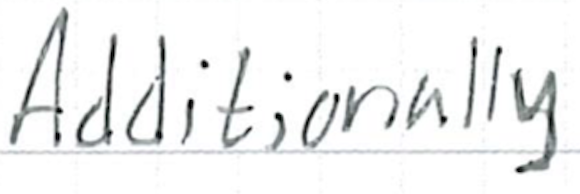
Text: Additionally
Cross-out: clean
Writing tool: ballpoint